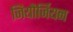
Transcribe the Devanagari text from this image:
जियौर्जियन